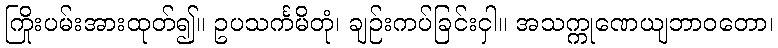
ကြိုးပမ်းအားထုတ်၍။ ဥပသင်္ကမိတုံ၊ ချဉ်းကပ်ခြင်းငှါ။ အသက္ကုဏေယျဘာဝတော၊